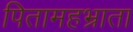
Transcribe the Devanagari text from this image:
पितामहभ्राता